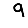
Digit: 9